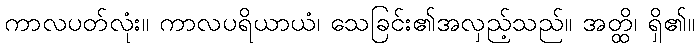
ကာလပတ်လုံး။ ကာလပရိယာယံ၊ သေခြင်း၏အလှည့်သည်။ အတ္ထိ၊ ရှိ၏။